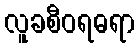
လူခစီဝရဓရာ